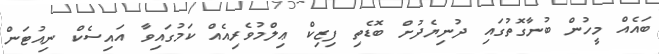
ބައެއް މީހުން ބުނާގޮތުގައި ދުނިޔެދުށް ބޮޑެތި ފިޒިކް ޢިލްމުވެރިއެއް ކަމުގައިވާ އައިސެކް ނިއުޓަން